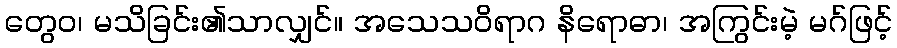
တွေဝ၊ မသိခြင်း၏သာလျှင်။ အသေသဝိရာဂ နိရောဓာ၊ အကြွင်းမဲ့ မဂ်ဖြင့်